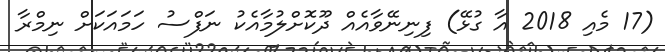
(17 މެއި 2018 އާ ގުޅޭ) ފިނިނޭވާއެއް ދޫކޮށްލުމާއެކު ނަފްސު ހަމައަކަށް ނިމްރާ